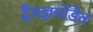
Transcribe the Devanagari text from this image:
दैवज्ञपंडित